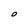
Character: O